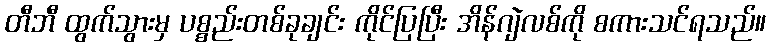
တီဘီ ထွက်သွားမှ ပစ္စည်းတစ်ခုချင်း ကိုင်ပြပြီး အိန်ဂျဲလစ်ကို စကားသင်ရသည်။